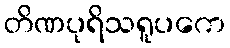
တိဏပုရိသရူပကေ